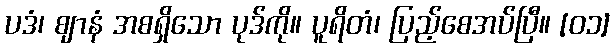
ပဒံ၊ ဈာနံ အစရှိသော ပုဒ်ကို။ ပူရိတံ၊ ပြည့်စေအပ်ပြီ။ [၀၁]